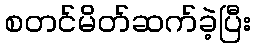
စတင်မိတ်ဆက်ခဲ့ပြီး